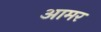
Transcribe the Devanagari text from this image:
आमर